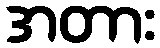
အတား